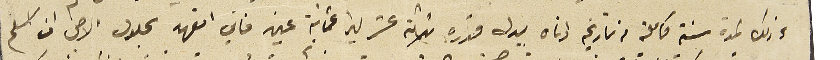
وذلك لمدة سنة كاملة من تاريخه ادناه ببدل قدره ثلاثة عشر ليرا عثمانية عين فاني اتعهد بحلول الاجل ان اسلم